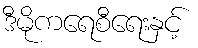
ဒီမိုကရေစီရေးနှင့်